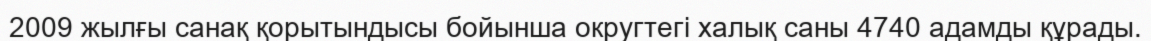
2009 жылғы санақ қорытындысы бойынша округтегі халық саны 4740 адамды құрады.